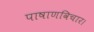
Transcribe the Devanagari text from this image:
पाषाणविचार।